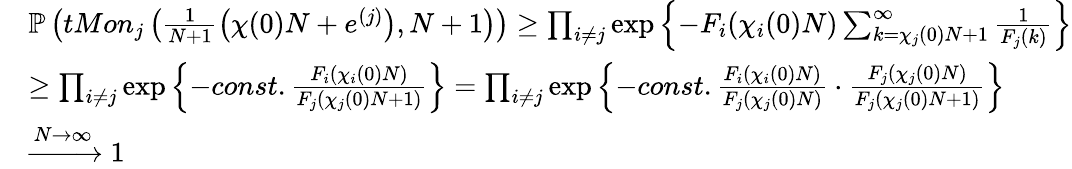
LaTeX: \begin{array}{rl}&{\mathbb{P}\left(tMon_{j}\left(\frac{1}{N+1}\left(\chi(0)N+e^{(j)}\right),N+1\right)\right)\ge\prod_{i\ne j}\exp\left\{ -F_{i}(\chi_{i}(0)N)\sum_{k=\chi_{j}(0)N+1}^{\infty}\frac{1}{F_{j}(k)}\right\} }\\ &{\ge\prod_{i\ne j}\exp\left\{ -const.\frac{F_{i}(\chi_{i}(0)N)}{F_{j}(\chi_{j}(0)N+1)}\right\} =\prod_{i\ne j}\exp\left\{ -const.\frac{F_{i}(\chi_{i}(0)N)}{F_{j}(\chi_{j}(0)N)}\cdot\frac{F_{j}(\chi_{j}(0)N)}{F_{j}(\chi_{j}(0)N+1)}\right\} }\\ &{\xrightarrow{N\to\infty}1}\end{array}